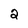
Character: 2